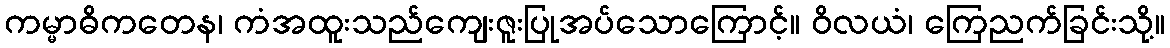
ကမ္မာဓိကတေန၊ ကံအထူးသည်ကျေးဇူးပြုအပ်သောကြောင့်။ ဝိလယံ၊ ကြေညက်ခြင်းသို့။